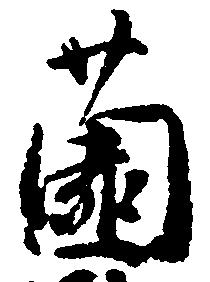
薗